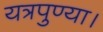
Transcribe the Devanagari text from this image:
यत्रपुण्या।